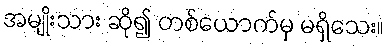
အမျိုးသား ဆို၍ တစ်ယောက်မှ မရှိသေး။